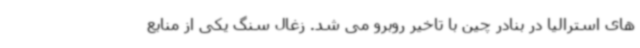
های استرالیا در بنادر چین با تاخیر روبرو می شد. زغال سنگ یکی از منابع